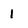
Character: 1